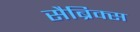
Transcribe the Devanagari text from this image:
सैब्रिक्स